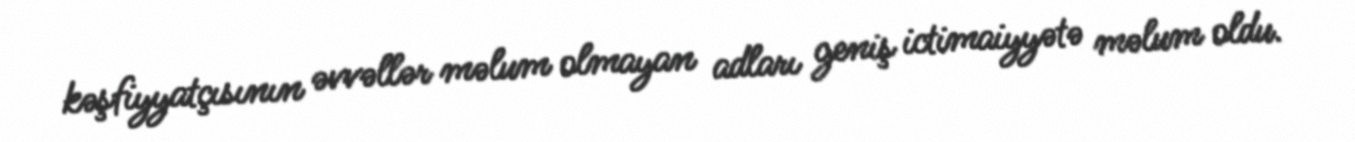
kəşfiyyatçısının əvvəllər məlum olmayan adları geniş ictimaiyyətə məlum oldu.